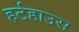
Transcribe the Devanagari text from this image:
हर्टहाउस